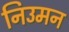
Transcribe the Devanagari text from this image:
निउमन